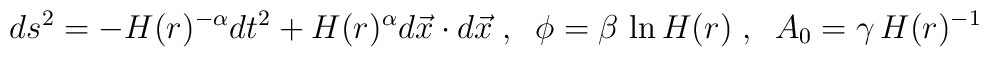
ds^2 = - H(r)^{-\alpha} dt^2 + H(r)^{\alpha} d \vec x \cdot d \vec x \;,\;\;\phi = \beta \, \ln H(r) \;,\;\;A_0 = \gamma \, H(r)^{-1}